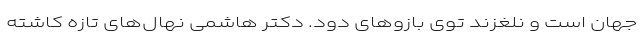
جهان است و نلغزند توی بازوهای دود. دکتر هاشمی نهال‌های تازه کاشته